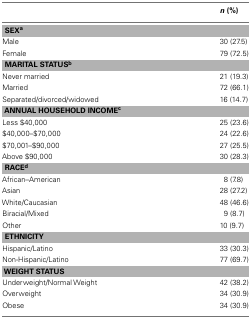
<table><thead><tr><td></td><td><b><i>n</i> (%)</b></td></tr></thead><tbody><tr><td colspan="2"><b>SEX<sup>a</sup></b></td></tr><tr><td>Male</td><td>30 (27.5)</td></tr><tr><td>Female</td><td>79 (72.5)</td></tr><tr><td colspan="2"><b>MARITAL STATUS<sup>b</sup></b></td></tr><tr><td>Never married</td><td>21 (19.3)</td></tr><tr><td>Married</td><td>72 (66.1)</td></tr><tr><td>Separated/divorced/widowed</td><td>16 (14.7)</td></tr><tr><td colspan="2"><b>ANNUAL HOUSEHOLD INCOME<sup>c</sup></b></td></tr><tr><td>Less $40,000</td><td>25 (23.6)</td></tr><tr><td>$40,000–$70,000</td><td>24 (22.6)</td></tr><tr><td>$70,001–$90,000</td><td>27 (25.5)</td></tr><tr><td>Above $90,000</td><td>30 (28.3)</td></tr><tr><td colspan="2"><b>RACE<sup>d</sup></b></td></tr><tr><td>African–American</td><td>8 (7.8)</td></tr><tr><td>Asian</td><td>28 (27.2)</td></tr><tr><td>White/Caucasian</td><td>48 (46.6)</td></tr><tr><td>Biracial/Mixed</td><td>9 (8.7)</td></tr><tr><td>Other</td><td>10 (9.7)</td></tr><tr><td colspan="2"><b>ETHNICITY</b></td></tr><tr><td>Hispanic/Latino</td><td>33 (30.3)</td></tr><tr><td>Non-Hispanic/Latino</td><td>77 (69.7)</td></tr><tr><td colspan="2"><b>WEIGHT STATUS</b></td></tr><tr><td>Underweight/Normal Weight</td><td>42 (38.2)</td></tr><tr><td>Overweight</td><td>34 (30.9)</td></tr><tr><td>Obese</td><td>34 (30.9)</td></tr></tbody></table>